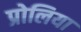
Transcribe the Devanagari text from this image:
प्रोलिया